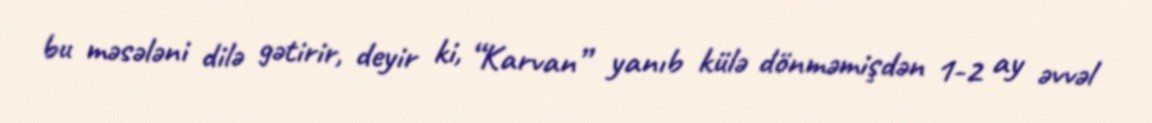
bu məsələni dilə gətirir, deyir ki, “Karvan” yanıb külə dönməmişdən 1-2 ay əvvəl